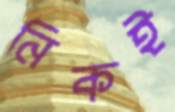
নিকই